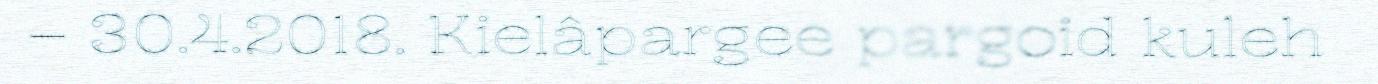
– 30.4.2018. Kielâpargee pargoid kuleh